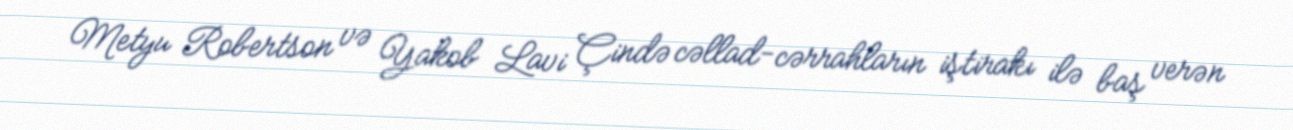
Metyu Robertson və Yakob Lavi Çində cəllad-cərrahların iştirakı ilə baş verən